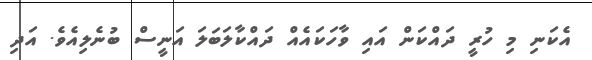
އެކަނި މި ހުރީ ދައްކަން އައި ވާހަކައެއް ދައްކާލަބަލަ އަނީސް ބުނެލިއެވެ. އަދި